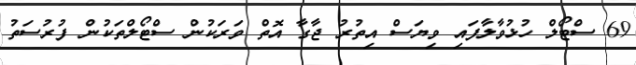
69 ސްޓޯލް ހުޅުވާލާފައި ވިޔަސް އިތުރު ޖާގާ އޮތް ވަރަކުން ސްޓޯލްތަކުން ފުރުސަތު